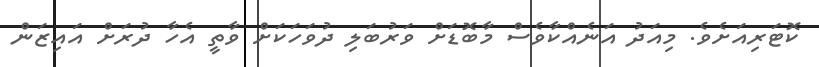
ކޮޓަރިއަށެވެ. މިއަދު އަނެއްކާވެސް މާބޮޑަށް ވަރުބަލި ދުވަހަކަށް ވާތީ އެހާ ދުރަށް އައިޒަން